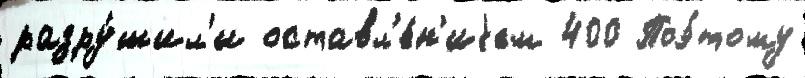
разру́шил'и оставл'е́н'иjем 400 Поэ́тому